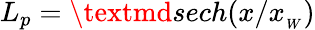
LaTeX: L_{p}=\textmd{sech}(x/x_{_W})